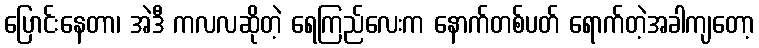
ပြောင်းနေတာ၊ အဲဒီ ကလလဆိုတဲ့ ရေကြည်လေးက နောက်တစ်ပတ် ရောက်တဲ့အခါကျတော့